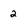
Character: 2